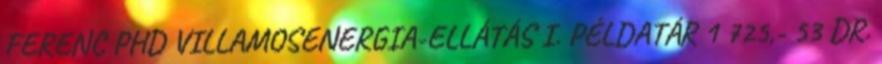
FERENC PHD VILLAMOSENERGIA-ELLÁTÁS I. PÉLDATÁR 1 725,- 53 DR.